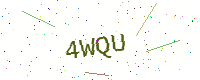
Text: 4WQU